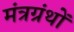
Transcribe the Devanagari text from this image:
मंत्रग्रंथों